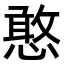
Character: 憨